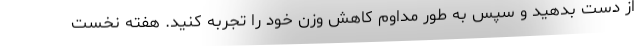
از دست بدهید و سپس به طور مداوم کاهش وزن خود را تجربه کنید. هفته نخست